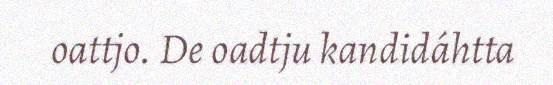
oattjo. De oadtju kandidáhtta